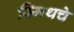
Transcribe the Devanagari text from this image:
स्मिथचे